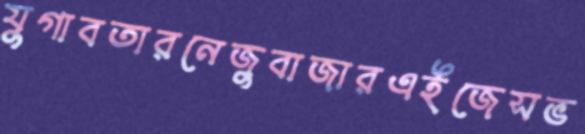
যুগাবতারনেজুবাজারএইজেসভ